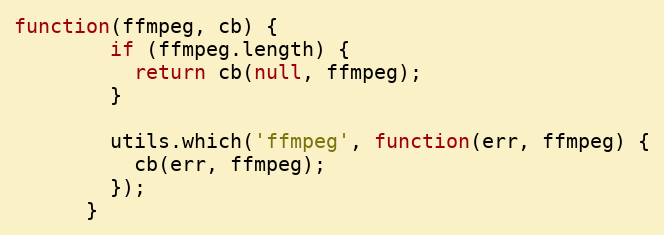
Language: JavaScript
function(ffmpeg, cb) {
        if (ffmpeg.length) {
          return cb(null, ffmpeg);
        }

        utils.which('ffmpeg', function(err, ffmpeg) {
          cb(err, ffmpeg);
        });
      }